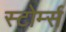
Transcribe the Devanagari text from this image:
स्टोर्म्स